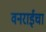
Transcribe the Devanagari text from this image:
वनराईचा